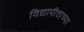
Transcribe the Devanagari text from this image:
विद्यापीठाच्‍या